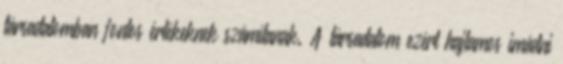
társadalomban fontos értékeknek számítanak. A társadalom ezért hajlamos imádni